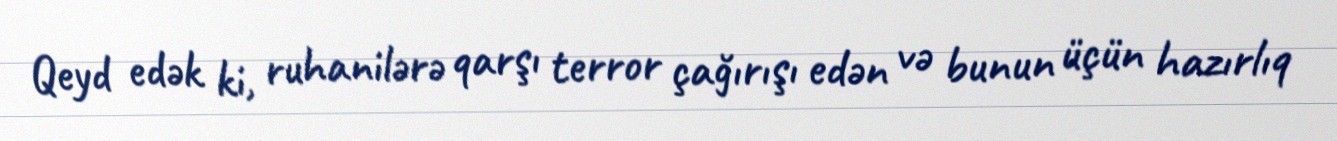
Qeyd edək ki, ruhanilərə qarşı terror çağırışı edən və bunun üçün hazırlıq